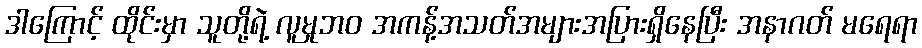
ဒါကြောင့် ထိုင်းမှာ သူတို့ရဲ့ လူမှုဘ၀ အကန့်အသတ်အများအပြားရှိနေပြီး အနာဂတ် မရေရာ